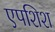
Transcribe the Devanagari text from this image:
एपशिश